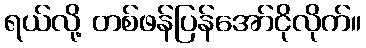
ရယ်လို့ တစ်ဖန်ပြန်အော်ငိုလိုက်။